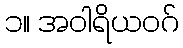
၁။ အဝါရိယဝဂ်